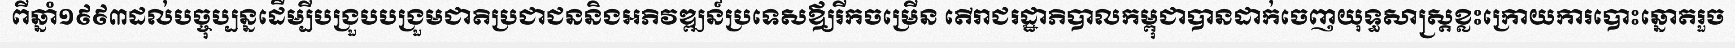
ពីឆ្នាំ១៩៩៣ដល់បច្ចុប្បន្នដើម្បីបង្រួបបង្រួមជាតិប្រជាជននិងអភិវឌ្ឍន៍ប្រទេសឪ្យរីកចម្រើន តើរាជរដ្ឋាភិបាលកម្ពុជាបានដាក់ចេញយុទ្ធសាស្ត្រខ្លះក្រោយការបោះឆ្នោតរួច